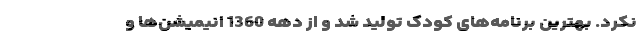
نکرد. بهترین برنامه‌های کودک تولید شد و از دهه 1360 انیمیشن‌ها و